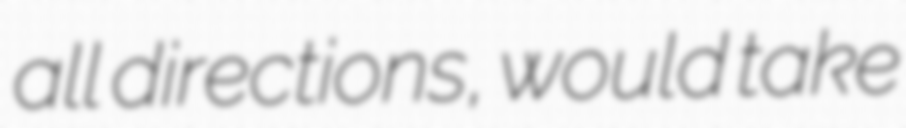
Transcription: all directions, would take